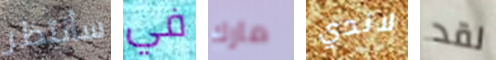
سأنتظر في مارك لاندي لقد